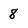
Character: 8